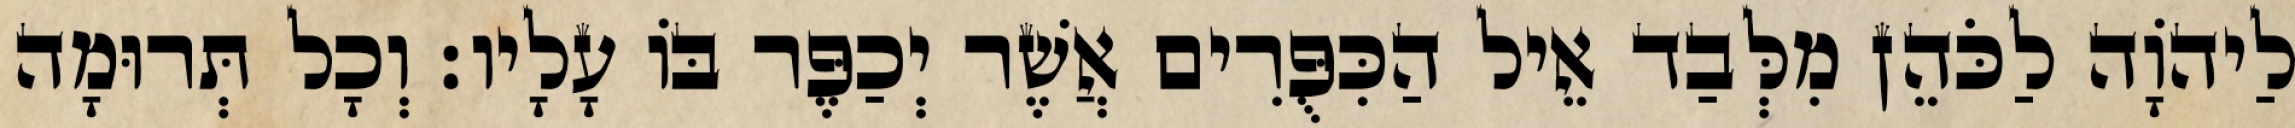
לַיהוָֹה לַכֹּהֵן מִלְּבַד אֵיל הַכִּפֻּרִים אֲשֶׁר יְכַפֶּר בּוֹ עָלָיו׃ וְכָל תְּרוּמָה